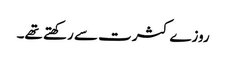
روزے کثرت سے رکھتے تھے۔